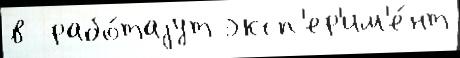
в  рабо́таjут эксп'ер'им'е́нт